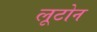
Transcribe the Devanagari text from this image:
लूटोन